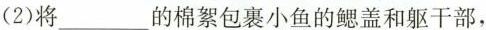
(2)将___的棉絮包裹小鱼的鳃盖和躯干部，